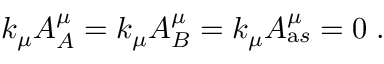
k _ { \mu } { \cal A } _ { A } ^ { \mu } = k _ { \mu } { \cal A } _ { B } ^ { \mu } = k _ { \mu } { \cal A } _ { \mathrm a s } ^ { \mu } = 0 \; .